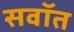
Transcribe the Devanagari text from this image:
सवॉत